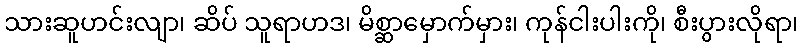
သားဆူဟင်းလျာ၊ ဆိပ် သူရာဟဒ၊ မိစ္ဆာမှောက်မှား၊ ကုန်ငါးပါးကို၊ စီးပွားလိုရာ၊